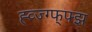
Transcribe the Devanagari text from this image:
ह्व्ज्ग्फ्फ्झ